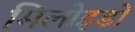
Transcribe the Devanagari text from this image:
मिलोइडो